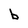
Character: b